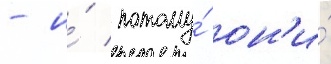
- и́ потому́ он'и́